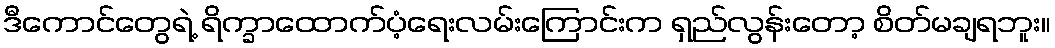
ဒီကောင်တွေရဲ့ ရိက္ခာထောက်ပံ့ရေးလမ်းကြောင်းက ရှည်လွန်းတော့ စိတ်မချရဘူး။